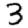
Digit: 3